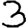
Digit: 3